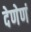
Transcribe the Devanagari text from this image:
देणेणं